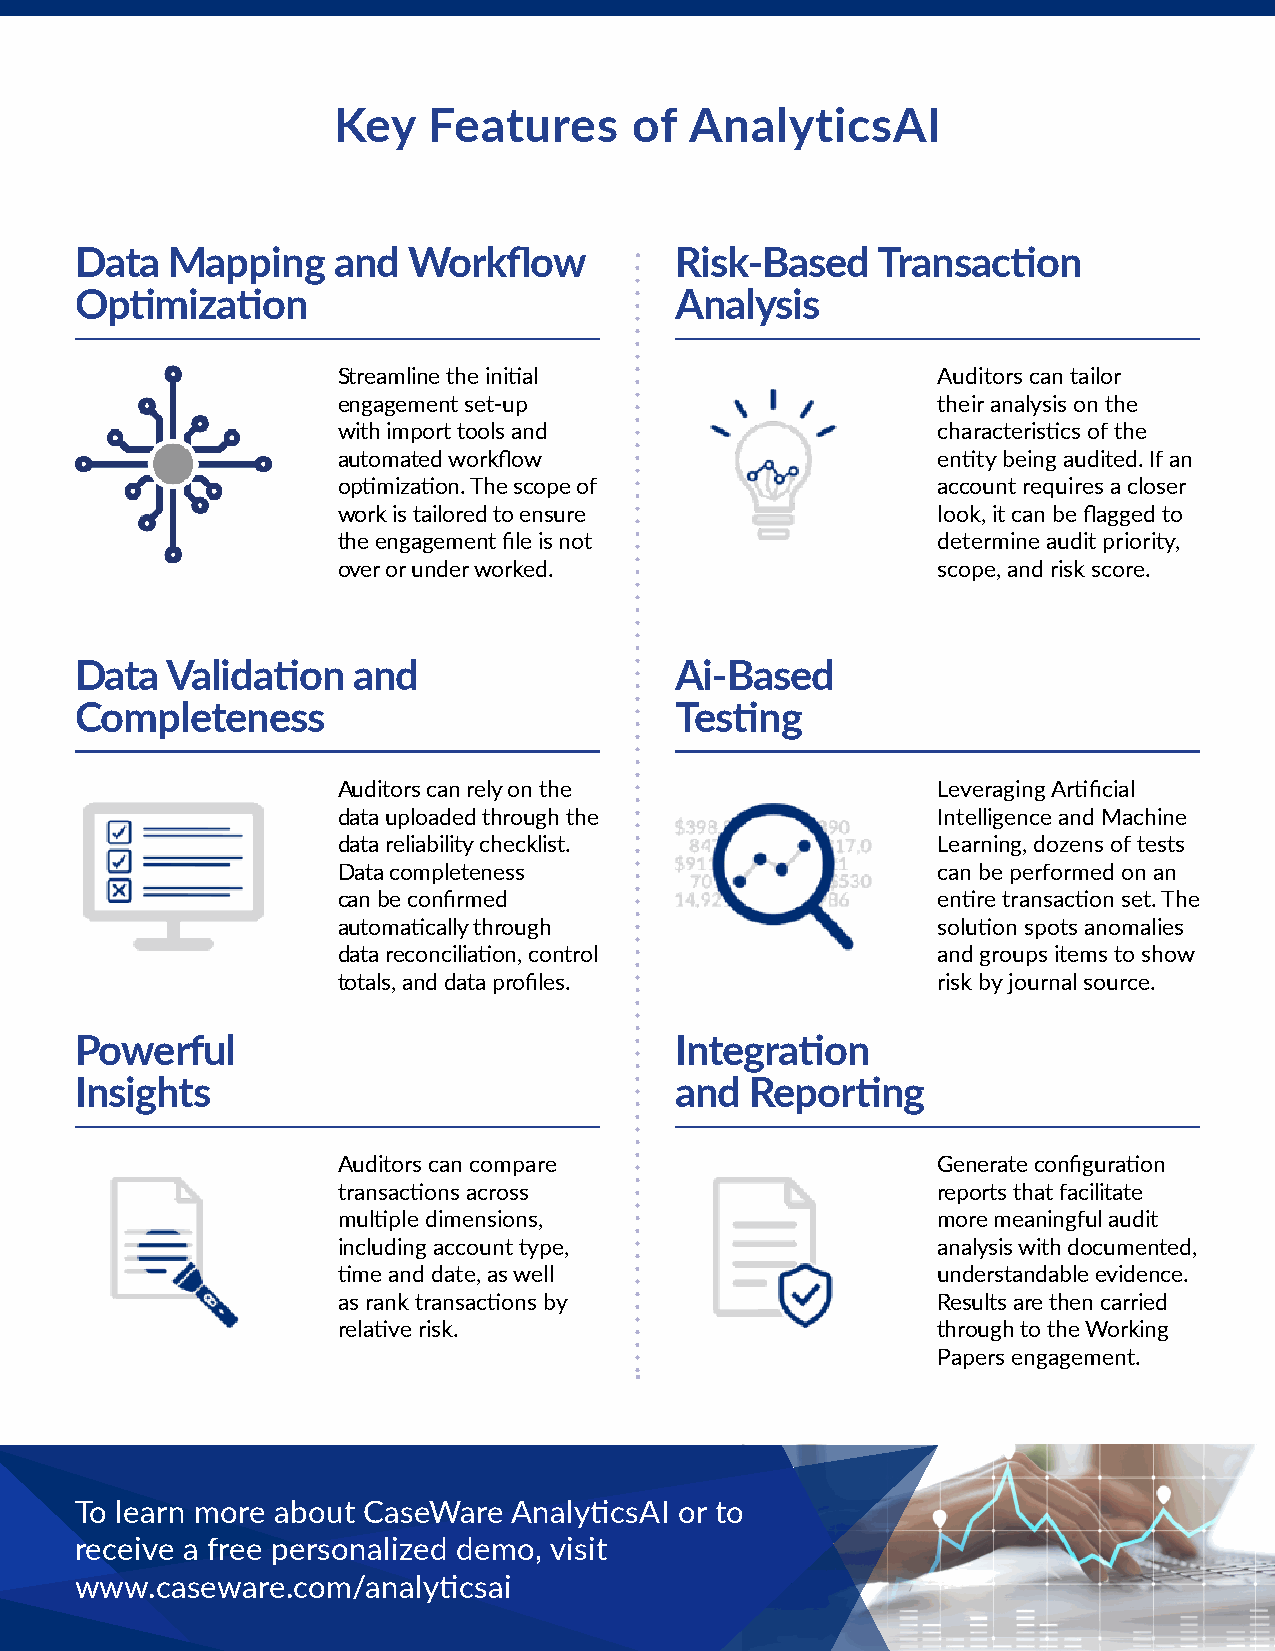
Key   Features      of  AnalyticsAI
 Data  Mapping    and  Workflow          Risk-Based   Transaction
 Optimization                            Analysis
 Streamline the initial                  Auditors can tailor
 engagement set-up                       their analysis on the
 with import tools and                   characteristics of the
 automated workflow                      entity being audited. If an
 optimization. The scope of              account requires a closer
 work is tailored to ensure              look, it can be flagged to
 the engagement file is not              determine audit priority,
 over or under worked.                   scope, and risk score.
 Data  Validation  and                   Ai-Based
 Completeness                            Testing
 Auditors can rely on the                Leveraging Artificial
 data uploaded through the               Intelligence and Machine
 data reliability checklist.             Learning, dozens of tests
 Data completeness                       can be performed on an
 can be confirmed                        entire transaction set. The
 automatically through                   solution spots anomalies
 data reconciliation, control            and groups items to show
 totals, and data profiles.              risk by journal source.
 Powerful                                Integration
 Insights                                and  Reporting
 Auditors can compare                    Generate configuration
 transactions across                     reports that facilitate
 multiple dimensions,                    more meaningful audit
 including account type,                 analysis with documented,
 time and date, as well                  understandable evidence.
 as rank transactions by                 Results are then carried
 relative risk.                          through to the Working
 Papers engagement.
 To learn more about CaseWare AnalyticsAI or to
 receive a free personalized demo, visit
 www.caseware.com/analyticsai